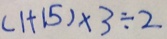
( 1 + 1 5 ) \times 3 \div 2